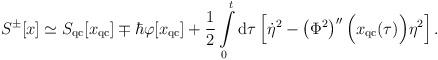
LaTeX: \begin{align*}S^{\pm}[x]\simeq S_{\rm qc}[x_{\rm qc}]\mp\hbar\varphi [x_{\rm qc}]+\frac{1}{2}\int\limits_{0}^{t}{\rm d}\tau\left[\dot{\eta }^{2}-\left(\Phi ^{2}\right)''\Bigl(x_{\rm qc}(\tau )\Bigr)\eta ^{2}\right].\end{align*}